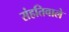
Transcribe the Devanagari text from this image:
संहतिवाले